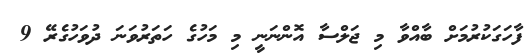
ފާހަގަކުރުމަށް ބާއްވާ މި ޖަލްސާ އޮންނަނީ މި މަހުގެ ހަތަރުވަނަ ދުވަހުގެރޭ 9